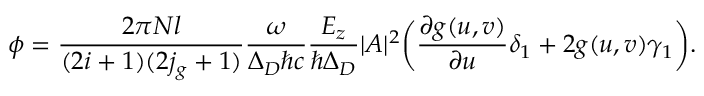
\phi = \frac { 2 \pi N l } { ( 2 i + 1 ) ( 2 j _ { g } + 1 ) } \frac { \omega } { \Delta _ { D } \hbar c } \frac { E _ { z } } { \hbar \Delta _ { D } } | A | ^ { 2 } \biggl ( \frac { \partial g ( u , v ) } { \partial u } \delta _ { 1 } + 2 g ( u , v ) \gamma _ { 1 } \biggr ) .